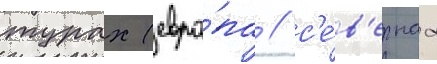
турах (евро́па / с'е́в'ернаа